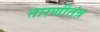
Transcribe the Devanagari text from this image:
तारणीतंत्र